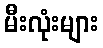
မီးလုံးများ